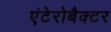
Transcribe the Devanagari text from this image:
एंटेरोबैक्टर